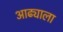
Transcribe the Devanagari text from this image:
आढ्याला